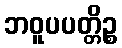
ဘဝူပပတ္တိဉ္စ